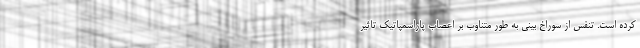
کرده است. تنفس از سوراخ بینی به طور متناوب بر اعصاب پاراسمپاتیک تاثیر